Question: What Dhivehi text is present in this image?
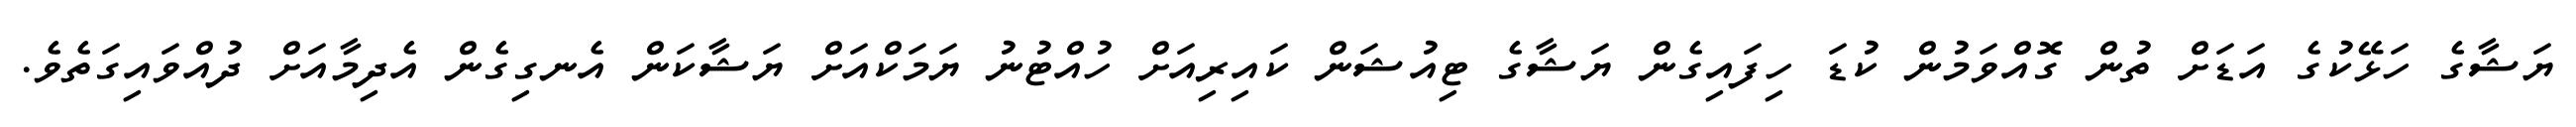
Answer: ޔަޝާގެ ހަޅޭކުގެ އަޑަށް ތުން ގޮއްވަމުން ކުޑަ ހިފައިގެން ޔަޝާގެ ޓިއުޝަން ކައިރިއަށް ހުއްޓުނު ޔަމަކްއަށް ޔަޝާކަން އެނގިގެން އެދިމާއަށް ދުއްވައިގަތެވެ.